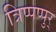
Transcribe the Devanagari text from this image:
त्रिप्पप्पुर्